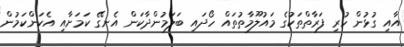
އާއި ގުޅުން ހުރި ފަރާތްތަކުގެ މައުލޫމާތުތައް ހޯދައި ބަލަމުންދާކަން އެނގޭ ކަމަށާއި އެކަންކަމުން